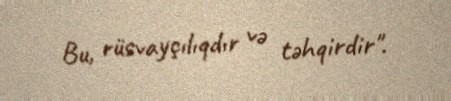
Bu, rüsvayçılıqdır və təhqirdir".